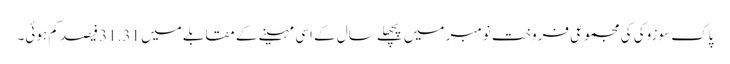
پاک سوزوکی کی مجموعی فروخت نومبر میں پچھلے سال کے اسی مہینے کے مقابلے میں 31.31 فیصد کم ہوئی۔